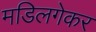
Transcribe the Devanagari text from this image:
मडिलगेकर